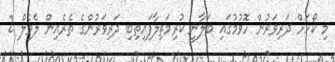
މި ކޯހަށް ދަރިވަރުން ހޮވުމުގައި ބަލާނީ ކުރިމަތިލާފައިތިބި ދަރިވަރުންގެ ތެރެއިން ލެވެލް 2